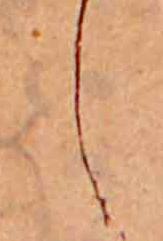
し